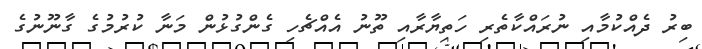
ބިރު ދެއްކުމާއި ނުރައްކާތެރި ހަތިޔާރާއި ތޫނު އެއްޗެހި ގެންގުޅުން މަނާ ކުރުމުގެ ގާނޫނުގެ